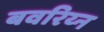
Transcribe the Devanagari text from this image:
बवरिय्न